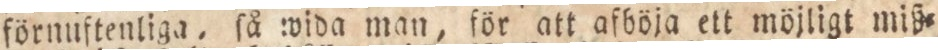
förnuftenliga, ſå wida man, för att afböja ett möjligt miß=